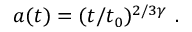
a ( t ) = ( t / t _ { 0 } ) ^ { 2 / 3 \gamma } ~ .